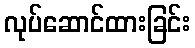
လုပ်ဆောင်ထားခြင်း